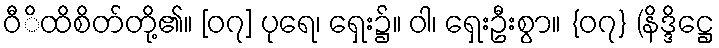
ဝီိထိစိတ်တို့၏။ [၀၇] ပုရေ၊ ရှေး၌။ ဝါ၊ ရှေးဦးစွာ။ {၀၇} (နိဒ္ဒိဋ္ဌေ